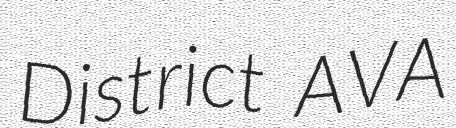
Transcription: District AVA